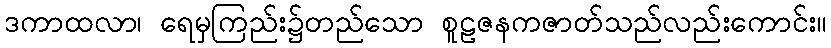
ဒကာထလာ၊ ရေမှကြည်း၌တည်သော စူဠဇနကဇာတ်သည်လည်းကောင်း။